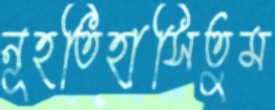
নূহতিহাসিতুম